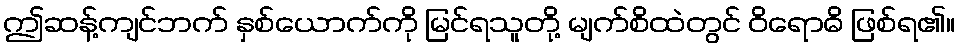
ဤဆန့်ကျင်ဘက် နှစ်ယောက်ကို မြင်ရသူတို့ မျက်စိထဲတွင် ဝိရောဓိ ဖြစ်ရ၏။